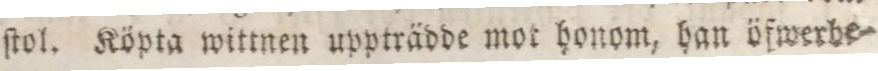
ſtol. Köpta wittnen uppträdde mot honom, han öfwerbe=